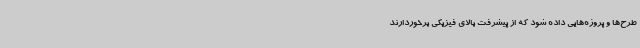
طرح‌ها و پروژه‌هایی داده شود که از پیشرفت بالای فیزیکی برخوردارند